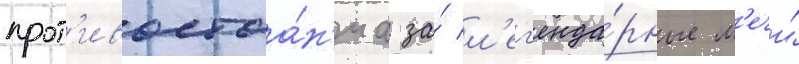
прот'ивостоа́н'иа за́ л'ег'енда́рные м'ечи́